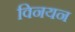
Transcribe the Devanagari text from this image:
विनयन